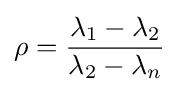
\rho ={\frac {\lambda _{1}-\lambda _{2}}{\lambda _{2}-\lambda _{n}}}